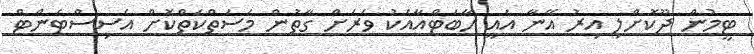
ޓީމުން ދޫކޮށްލި އިރު އޭނާ އައީ ހާބަޓްއާއެކު ވަރަށް ގާތުން މަސަތްކަތްކޮށް އެސިސްޓެންޓް